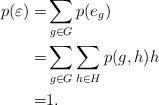
LaTeX: \begin{align*} p(\varepsilon) =& \sum_{g\in G} p(e_g)\\ =& \sum_{g\in G}\sum_{h\in H}p(g,h)h \\ =& 1. \end{align*}